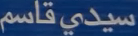
سيدي-قاسم